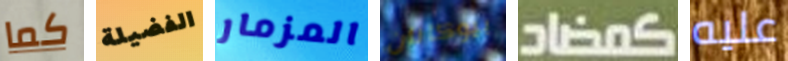
كما الفضيلة المزمار بيوكانان كمضاد عليه